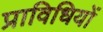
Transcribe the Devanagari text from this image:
प्राविधियों